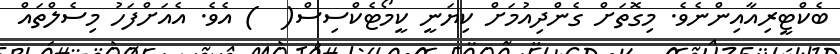
ބެކްޓީރިއާއިންނެވެ. މިގޮތަށް ގެންދިއުމަށް ކިޔަނީ ކީމޯޓެކްސިސް(  ) އެވެ. އެއަށްފަހު މިސެލްތައް